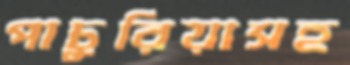
পাচুরিয়াসহ